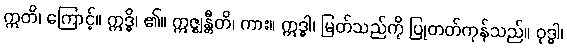
ဣတိ၊ ကြောင့်။ ဣဒ္ဓိ၊ ၏။ ဣဇ္ဈန္တီတိ၊ ကား။ ဣဒ္ဓါ၊ မြတ်သည်ကို ပြုတတ်ကုန်သည်။ ဝုဒ္ဓါ၊